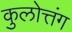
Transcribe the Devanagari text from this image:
कुलोत्तंग